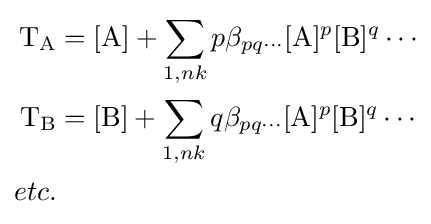
{\begin{aligned}{\mathrm {T} {\vphantom {A}}_{\smash[{t}]{\mathrm {A} }}}&=[{\ce {A}}]+\sum _{1,nk}p\beta _{pq\cdots }[{\ce {A}}]^{p}[{\ce {B}}]^{q}\cdots \\{\mathrm {T} {\vphantom {A}}_{\smash[{t}]{\mathrm {B} }}}&=[{\ce {B}}]+\sum _{1,nk}q\beta _{pq\cdots }[{\ce {A}}]^{p}[{\ce {B}}]^{q}\cdots \\etc.\end{aligned}}